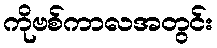
ကိုဗစ်ကာလအတွင်း